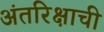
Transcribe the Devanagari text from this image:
अंतरिक्षाची